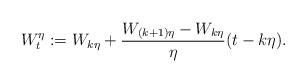
LaTeX: \begin{align*}W^\eta_t := W_{k\eta} + \frac{W_{(k+1)\eta} - W_{k\eta}}{\eta} (t - k\eta). \end{align*}